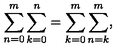
\sum _ { n = 0 } ^ { m } \sum _ { k = 0 } ^ { n } = \sum _ { k = 0 } ^ { m } \sum _ { n = k } ^ { m } ,